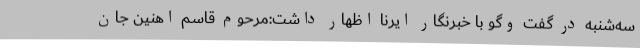
سه‌شنبه در گفت وگو با خبرنگار ایرنا اظهار داشت:مرحوم قاسم اهنین جان